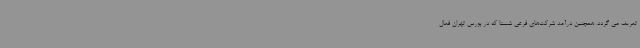
تعریف می گردد. همچنین درآمد شرکت‌های فرعی شستا که در بورس تهران فعال